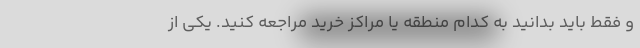
و فقط باید بدانید به کدام منطقه یا مراکز خرید مراجعه کنید. یکی از